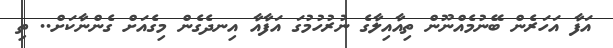
އަފާ އަހަރެން ބޭނުމެއްނޫން ތިއާއިލާގެ ނުރުހުމުގަ އަފާއާ އިނދެގެން މިގެއަށް ގެންނާކަށް.. ތި